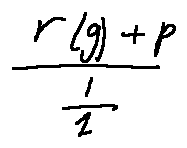
\frac { r ( g ) + p } { \frac { l } { 1 } }